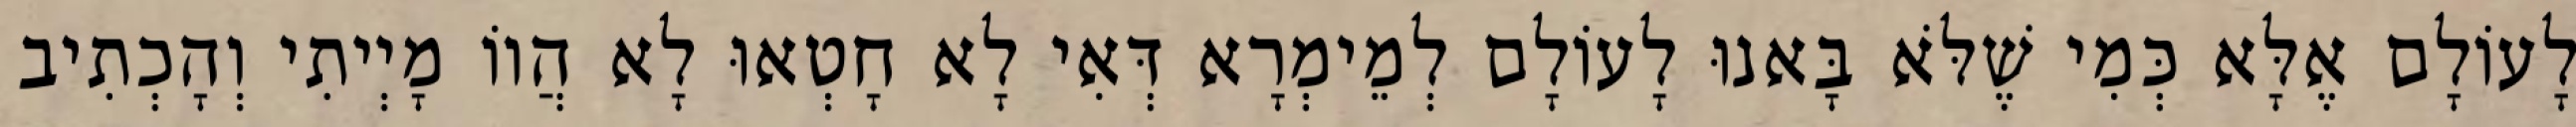
לָעוֹלָם אֶלָּא כְּמִי שֶׁלֹּא בָּאנוּ לָעוֹלָם לְמֵימְרָא דְּאִי לָא חָטְאוּ לָא הֲווֹ מָיְיתִי וְהָכְתִיב